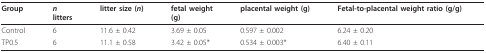
<table><thead><tr><td><b>Group</b></td><td><b><i>n</i>litters</b></td><td><b>litter size (<i>n</i>)</b></td><td><b>fetal weight(g)</b></td><td><b>placental weight (g)</b></td><td><b>Fetal-to-placental weight ratio (g/g)</b></td></tr></thead><tbody><tr><td>Control</td><td>6</td><td>11.6 ± 0.42</td><td>3.69 ± 0.05</td><td>0.597 ± 0.002</td><td>6.24 ± 0.20</td></tr><tr><td>TP0.5</td><td>6</td><td>11.1 ± 0.58</td><td>3.42 ± 0.05*</td><td>0.534 ± 0.003*</td><td>6.40 ± 0.11</td></tr></tbody></table>